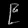
Digit: ၉